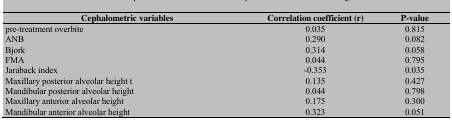
<table><thead><tr><td><b>Cephalometric variables</b></td><td><b>Correlation coefficient (r)</b></td><td><b>P-value</b></td></tr></thead><tbody><tr><td> pre-treatment overbite </td><td> 0.035 </td><td> 0.815 </td></tr><tr><td> ANB </td><td> 0.290 </td><td> 0.082 </td></tr><tr><td> Bjork </td><td> 0.314 </td><td> 0.058 </td></tr><tr><td> FMA </td><td> 0.044 </td><td> 0.795 </td></tr><tr><td> Jaraback index </td><td> -0.353 </td><td> 0.035 </td></tr><tr><td> Maxillary posterior alveolar height t </td><td> 0.135 </td><td> 0.427 </td></tr><tr><td> Mandibular posterior alveolar height </td><td> 0.044 </td><td> 0.798 </td></tr><tr><td> Maxillary anterior alveolar height </td><td> 0.175 </td><td> 0.300 </td></tr><tr><td> Mandibular anterior alveolar height </td><td> 0.323 </td><td> 0.051 </td></tr></tbody></table>